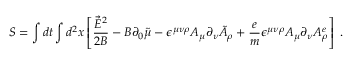
S = \int d t \int d ^ { 2 } x \left[ \frac { \vec { E } ^ { 2 } } { 2 B } - B \partial _ { 0 } \tilde { \mu } - \epsilon ^ { \mu \nu \rho } A _ { \mu } \partial _ { \nu } \tilde { A } _ { \rho } + \frac { e } { m } \epsilon ^ { \mu \nu \rho } A _ { \mu } \partial _ { \nu } A _ { \rho } ^ { e } \right] \; .